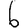
Digit: 6